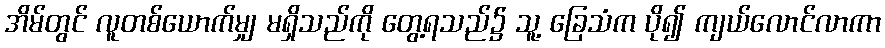
အိမ်တွင် လူတစ်ယောက်မျှ မရှိသည်ကို တွေ့ရသည်၌ သူ့ ခြေသံက ပို၍ ကျယ်လောင်လာကာ